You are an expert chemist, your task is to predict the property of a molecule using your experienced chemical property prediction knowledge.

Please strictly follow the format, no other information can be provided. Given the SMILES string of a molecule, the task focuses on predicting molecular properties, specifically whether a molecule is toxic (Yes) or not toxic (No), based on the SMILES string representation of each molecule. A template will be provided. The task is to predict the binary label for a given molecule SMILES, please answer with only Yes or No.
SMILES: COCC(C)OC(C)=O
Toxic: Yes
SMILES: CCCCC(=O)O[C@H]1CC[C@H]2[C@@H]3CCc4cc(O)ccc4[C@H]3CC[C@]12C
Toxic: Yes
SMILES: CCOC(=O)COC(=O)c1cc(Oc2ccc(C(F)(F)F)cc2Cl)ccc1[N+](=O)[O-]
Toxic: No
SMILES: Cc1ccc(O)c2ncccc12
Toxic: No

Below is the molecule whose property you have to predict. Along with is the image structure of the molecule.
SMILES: CCC(Cl)C(Cl)C(Cl)CC(Cl)C(Cl)C(C)Cl
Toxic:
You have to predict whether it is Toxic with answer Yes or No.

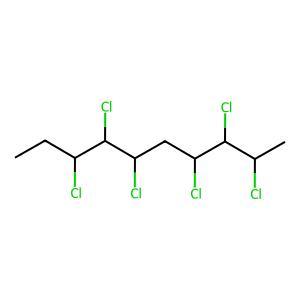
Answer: No